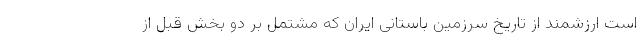
است ارزشمند از تاریخ سرزمین باستانی ایران که مشتمل بر دو بخش قبل از